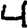
Digit: 4